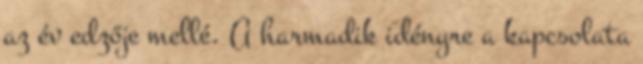
az év edzője mellé. A harmadik idényre a kapcsolata